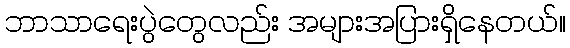
ဘာသာရေးပွဲတွေလည်း အများအပြားရှိနေတယ်။